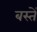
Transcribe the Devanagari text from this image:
बस्‍तें